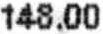
148.00